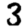
Digit: 3